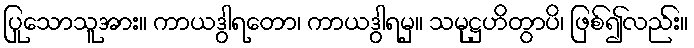
ပြုသောသူအား။ ကာယဒွါရတော၊ ကာယဒွါရမှ။ သမုဋ္ဌဟိတွာပိ၊ ဖြစ်၍လည်း။